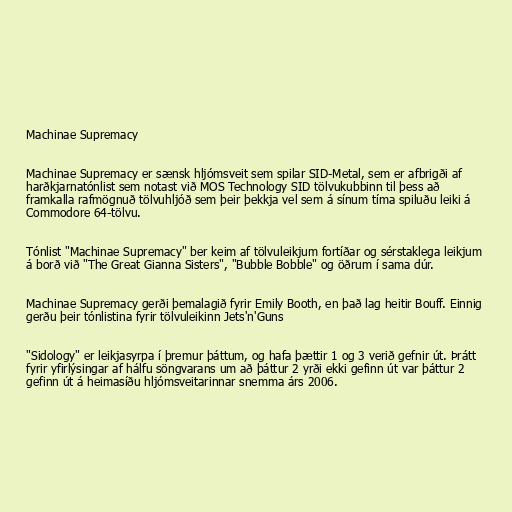
Machinae Supremacy

Machinae Supremacy er sænsk hljómsveit sem spilar SID-Metal, sem er afbrigði af
harðkjarnatónlist sem notast við MOS Technology SID tölvukubbinn til þess að
framkalla rafmögnuð tölvuhljóð sem þeir þekkja vel sem á sínum tíma spiluðu leiki á
Commodore 64-tölvu.

Tónlist "Machinae Supremacy" ber keim af tölvuleikjum fortíðar og sérstaklega leikjum
á borð við "The Great Gianna Sisters", "Bubble Bobble" og öðrum í sama dúr.

Machinae Supremacy gerði þemalagið fyrir Emily Booth, en það lag heitir Bouff. Einnig
gerðu þeir tónlistina fyrir tölvuleikinn Jets'n'Guns

"Sidology" er leikjasyrpa í þremur þáttum, og hafa þættir 1 og 3 verið gefnir út. Þrátt
fyrir yfirlýsingar af hálfu söngvarans um að þáttur 2 yrði ekki gefinn út var þáttur 2
gefinn út á heimasíðu hljómsveitarinnar snemma árs 2006.